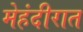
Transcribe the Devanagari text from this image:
मेहंदीरात